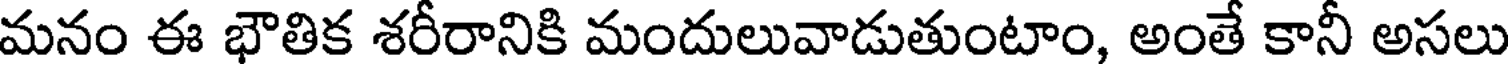
మనం ఈ భౌతిక శరీరానికి మందులువాడుతుంటాం, అంతే కానీ అసలు